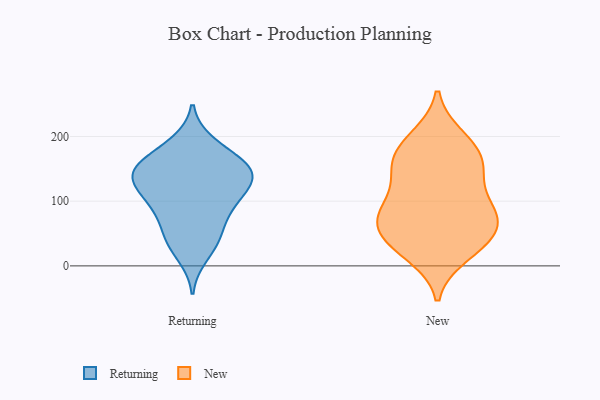
{"axis": {"x": "Production Output", "y": "Value"}, "legend": ["New", "Returning"], "data": [{"x": "", "y": 134, "type": "Returning"}, {"x": "", "y": 42, "type": "Returning"}, {"x": "", "y": 185, "type": "Returning"}, {"x": "", "y": 100, "type": "Returning"}, {"x": "", "y": 190, "type": "Returning"}, {"x": "", "y": 110, "type": "Returning"}, {"x": "", "y": 51, "type": "Returning"}, {"x": "", "y": 140, "type": "Returning"}, {"x": "", "y": 89, "type": "Returning"}, {"x": "", "y": 123, "type": "Returning"}, {"x": "", "y": 74, "type": "Returning"}, {"x": "", "y": 136, "type": "Returning"}, {"x": "", "y": 148, "type": "Returning"}, {"x": "", "y": 37, "type": "Returning"}, {"x": "", "y": 99, "type": "Returning"}, {"x": "", "y": 158, "type": "Returning"}, {"x": "", "y": 147, "type": "Returning"}, {"x": "", "y": 159, "type": "Returning"}, {"x": "", "y": 151, "type": "Returning"}, {"x": "", "y": 15, "type": "Returning"}, {"x": "", "y": 159, "type": "New"}, {"x": "", "y": 71, "type": "New"}, {"x": "", "y": 100, "type": "New"}, {"x": "", "y": 91, "type": "New"}, {"x": "", "y": 154, "type": "New"}, {"x": "", "y": 68, "type": "New"}, {"x": "", "y": 152, "type": "New"}, {"x": "", "y": 140, "type": "New"}, {"x": "", "y": 17, "type": "New"}, {"x": "", "y": 199, "type": "New"}, {"x": "", "y": 53, "type": "New"}, {"x": "", "y": 92, "type": "New"}, {"x": "", "y": 176, "type": "New"}, {"x": "", "y": 73, "type": "New"}, {"x": "", "y": 26, "type": "New"}, {"x": "", "y": 33, "type": "New"}, {"x": "", "y": 47, "type": "New"}, {"x": "", "y": 194, "type": "New"}]}